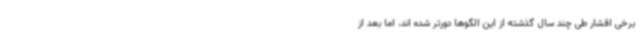
برخی اقشار طی چند سال گذشته از این الگوها دورتر شده اند، اما بعد از